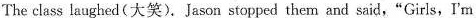
The class laughed (大笑). Jason stopped them and said,"Girls, I'm